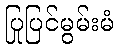
ပြုပြင်မွမ်းမံ